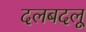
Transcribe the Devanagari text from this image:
दलबदलू